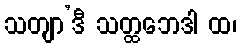
သတျာ’ဒီ သတ္ထဘေဒါ ထ၊